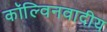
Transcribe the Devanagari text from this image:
कॉल्विनवादीय